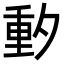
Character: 𬪼